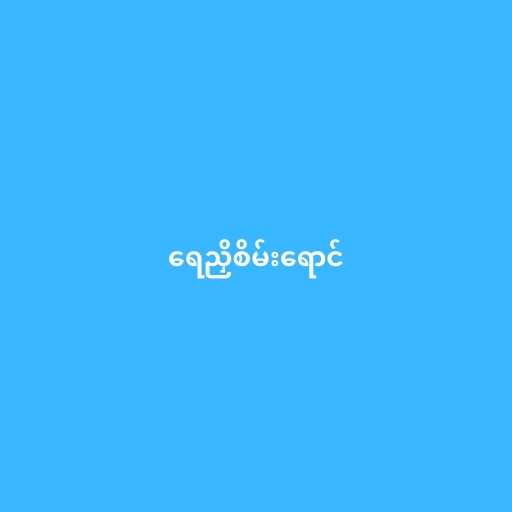
ရေညှိစိမ်းရောင်